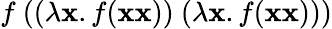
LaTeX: f\ ((\lambda\mathbf{x}.f(\mathbf{x}\mathbf{x}))\ (\lambda\mathbf{x}.f(\mathbf{x}\mathbf{x})))